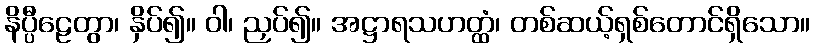
နိပ္ပီဠေတွာ၊ နှိပ်၍။ ဝါ၊ ညှပ်၍။ အဋ္ဌာရသဟတ္ထံ၊ တစ်ဆယ့်ရှစ်တောင်ရှိသော။